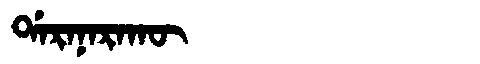
Manchu: ᡩᠠᡵᠠᠨᠠᡵᠠᡴᡡ
Romanization: DARANARAKŪ